Indian journal of veterinary science and animal husbandry - Volume 10,
Year: 1940
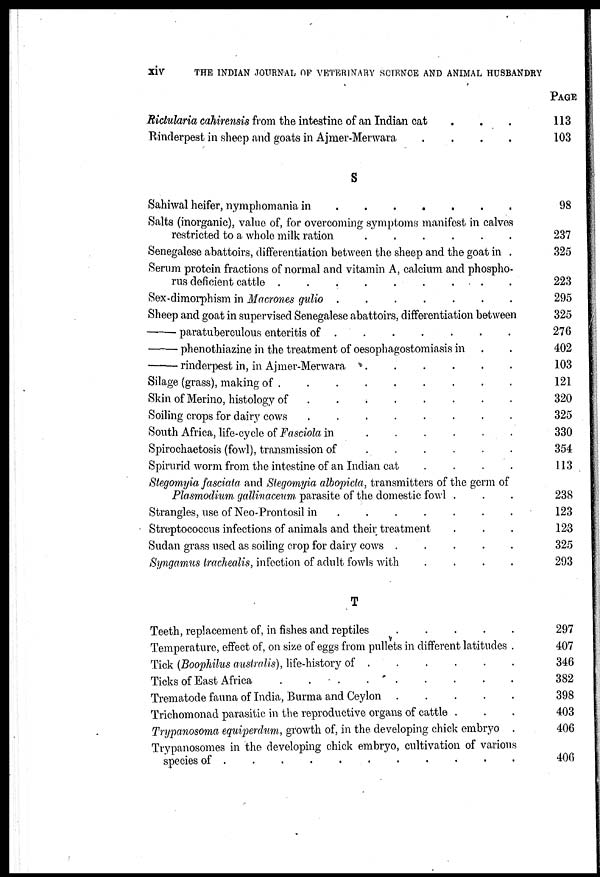
xiv
THE INDIAN JOURNAL OF VETERINARY SCIENCE AND ANIMAL HUSBANDRY
Rictularia cahirensis from the intestine of an Indian cat . . .
Rinderpest in sheep and goats in Ajmer-Merwara
.
.
.
.
S
Sahiwal heifer, nymphomania in
.
.
.
.
.
.
.
Salts (inorganic), value of, for overcoming symptoms manifest in calves
restricted to a whole milk ration
.
.
.
.
.
.
.
Senegalese abattoirs, differentiation between the sheep and the goat in .
Serum protein fractions of normal and vitamin A, calcium and phospho-
rus deficient cattle
.
.
.
.
.
.
.
.
.
.
Sex-dimorphism in Macrones gulio .
.
.
.
Sheep and goat in supervised Senegalese abattoirs, differentiation between
—
paratuberculous enteritis of
.
.
.
.
.
.
.
—phenothiazine
in the treatment of oesophagostomiasis in . .
—
rinderpest in, in Ajmer-Merwara . . . . . .
Silage (grass), making of
.
.
.
.
.
.
.
.
Skin of Merino, histology of
.
.
.
.
.
.
.
Soiling crops for dairy cows
.
.
South Africa, life-cycle of Fasciola in
.
.
.
Spirochaetosis (fowl), transmission of
.
.
.
Spirurid worm from the intestine of an Indian cat
.
.
.
Stegomyia fasciata and Stegomyia albopida, transmitters of the germ of
Plasmodium gallinaceum, parasite of the domestic fowl . . .
Strangles, use of Neo-Prontosil in
.
.
.
.
.
.
.
Streptococcus infections of animals and their treatment . . .
Sudan grass used as soiling crop for dairy cows .
.
Syngamus tracliealis, infection of adult fowls with
.
.
.
.
T
Teeth, replacement of, in fishes and reptiles . . . . . . .
Temperature, effect of, on size of eggs from pullets in different latitudes .
Tick (Boopliilus australis), life-history of
.
.
.
.
.
.
.
Ticks of East Africa
.
.
.
.
.
.
.
Trematode fauna of India, Burma and Ceylon . . . . . . .
Trichomonad parasitic in the reproductive organs of cattle . . .
Trypanosoma eguiperdum, growth of, in the developing chick embryo .
Trypanosoma in the developing chick embryo, cultivation of various
species of .
.
. . . . .
PAGE
113
103
98
237
325
223
295
325
276
402
103
121
320
325
330
354
113
238
123
123
325
293
297
407
346
382
398
403
406
406